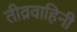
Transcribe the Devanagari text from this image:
तीव्रवाहिनी